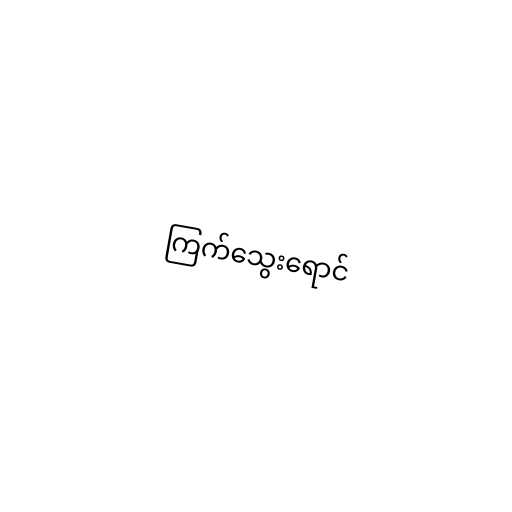
ကြက်သွေးရောင်